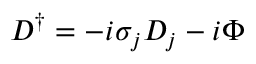
{ \cal D } ^ { \dagger } = - i \sigma _ { j } D _ { j } - i \Phi